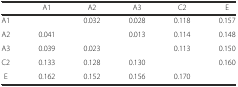
<table><thead><tr><td></td><td><b>A1</b></td><td><b>A2</b></td><td><b>A3</b></td><td><b>C2</b></td><td><b>E</b></td></tr></thead><tbody><tr><td>A1</td><td></td><td>0.032</td><td>0.028</td><td>0.118</td><td>0.157</td></tr><tr><td>A2</td><td>0.041</td><td></td><td>0.013</td><td>0.114</td><td>0.148</td></tr><tr><td>A3</td><td>0.039</td><td>0.023</td><td></td><td>0.113</td><td>0.150</td></tr><tr><td>C2</td><td>0.133</td><td>0.128</td><td>0.130</td><td></td><td>0.160</td></tr><tr><td>E</td><td>0.162</td><td>0.152</td><td>0.156</td><td>0.170</td><td></td></tr></tbody></table>